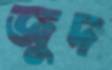
জুদ